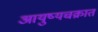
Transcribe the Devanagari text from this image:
आयुष्यचक्रात